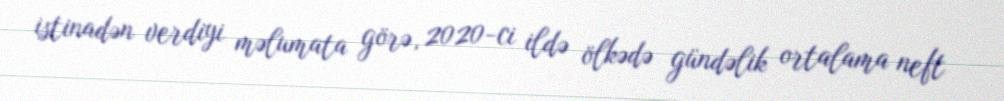
istinadən verdiyi məlumata görə, 2020-ci ildə ölkədə gündəlik ortalama neft